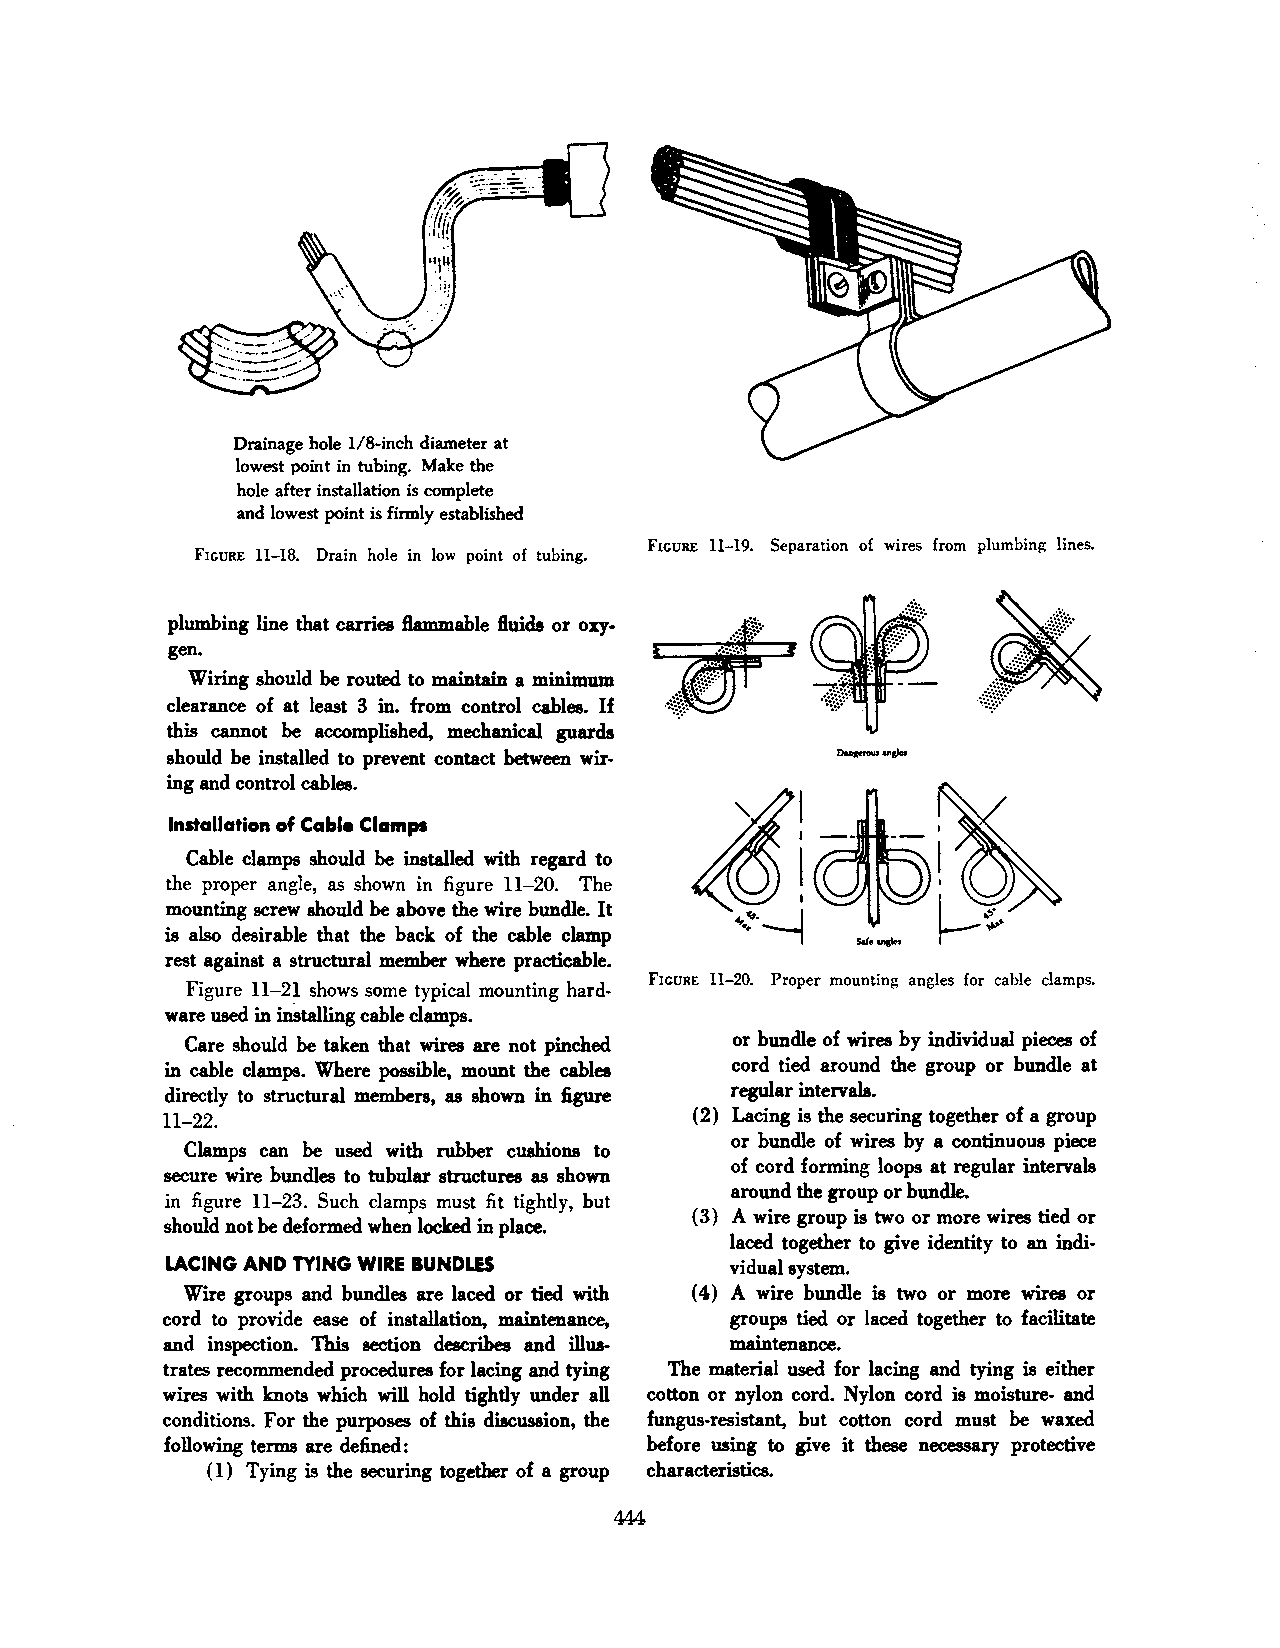
Drainage hole 1/8-inch diameter at
 lowest point in tubing. Make the
 hole after installation is complete
 and lowest point is firmly established
 FIGURE 11-19. Separation of wires from plumbing lines.
 FIGURE 11-18. Drain hole in low point of tubing.
 plumbing line that carries flammable fluids or oxy
 gen.
 Wiring should be routed to maintain a minimum
 clearance of at least 3 in. from control cables. If
 this cannot be accomplished, mechanical guards
 should be installed to prevent contact between wir
 ing and control cables.
 Installation of Cable Clamps
 Cable clamps should be installed with regard to
 the proper angle, as shown in figure 11-20. The
 mounting screw should be above the wire bundle. It
 is also desirable that the back of the cable clamp
 rest against a structural member where practicable.
 Figure 11-21 shows some typical mounting hard FIGURE 11-20. Proper mounting angles for cable clamps.
 ware used in inStalling cable clamps.
 Care should be taken that wires are not pinched or bundle of wires by individual pieces of
 in cable clamps. Where possible, mount the cables cord tied around the group or bundle at
 directly to structural members, as shown in figure regular intervals.
 11-22.                             ( 2) Lacing is the securing together of a group
 or bundle of wires by a continuous piece
 Clamps can be used with rubber cushions to
 of cord forming loops at regular intervals
 secure wire bundles to tubular structures as shown
 around the group or bundle.
 in figure 11-23. Such clamps must fit tightly, but
 ( 3) A wire group is two or more wires tied or
 should not be deformed when locked in place.
 laced together to give identity to an indi
 LACING AND mNG WIRE BUNDLES           vidual system.
 Wire groups and bundles are laced or tied with ( 4) A wire bundle is .two or more wires or
 cord to provide ease of installation, maintenance, groups tied or laced together to facilitate
 and inspection. This section describes and illus maintenance.
 trates recommended procedures for lacing and tying The material used for lacing and tying is either
 wires with knots which will hold tightly under all cotton or nylon cord. Nylon cord is moisture- and
 conditions. For the purposes of this discussion, the fungus-resistant, but cotton cord must be waxed
 following terms are defined:    before using to give it these necessary protective
 ( 1) Tying is the securing together of a group characteristics.
 444